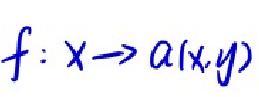
\[
f: x\to a(x,y)
\]